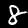
Label: 8